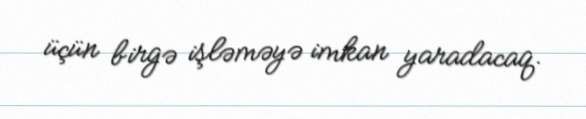
üçün birgə işləməyə imkan yaradacaq.